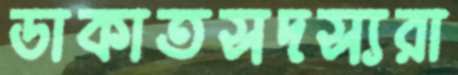
ডাকাতসদস্যরা